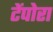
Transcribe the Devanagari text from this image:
टेंपोरा